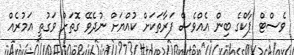
ވެސްޓް ޕާކްގެ ބިން އެއްވެސް ފަރާތަކަށް ކުއްޔަށް ނުދެވޭ ގޮތަށް ވަގުތީ އަމުރެއް